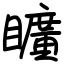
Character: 矌